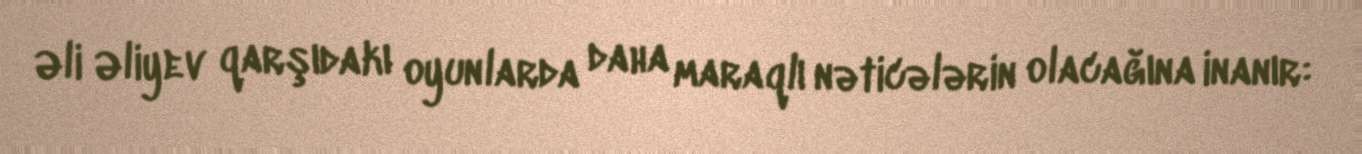
Əli Əliyev qarşıdakı oyunlarda daha maraqlı nəticələrin olacağına inanır: